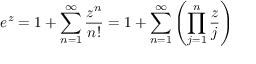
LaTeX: e ^ { z } = 1 + \sum _ { n = 1 } ^ { \infty } { \frac { z ^ { n } } { n ! } } = 1 + \sum _ { n = 1 } ^ { \infty } \left( \prod _ { j = 1 } ^ { n } { \frac { z } { j } } \right)